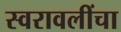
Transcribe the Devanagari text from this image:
स्वरावलींचा